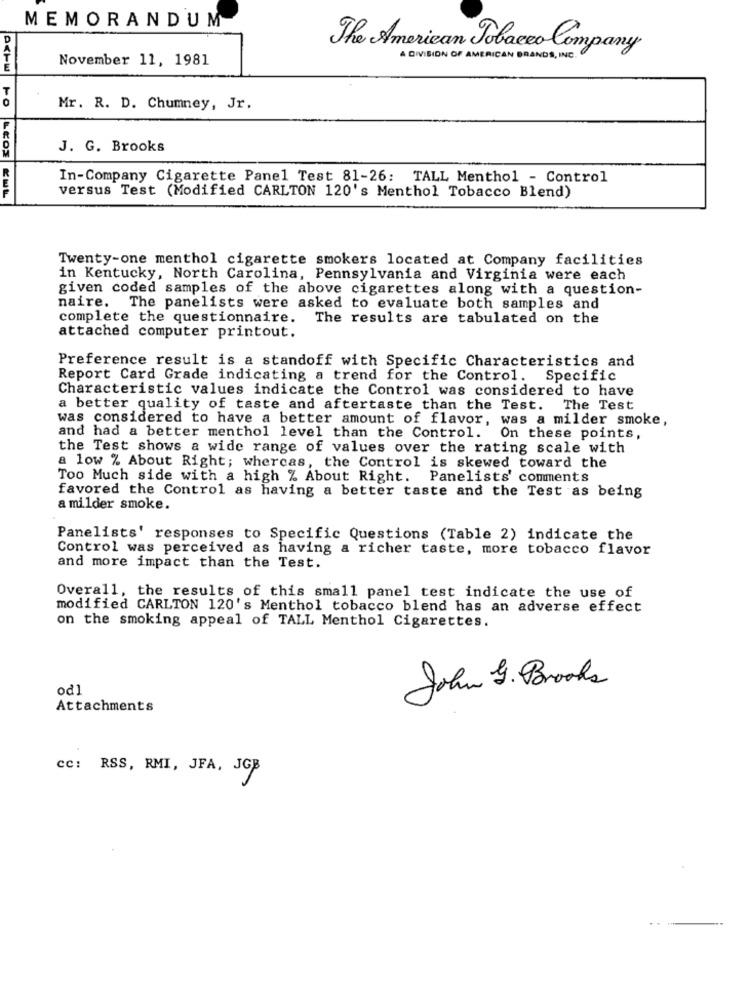
MEMORANDUM
The American Tobacco Company
November 11, 1981
A DIVISION OF AMERICAN BRANDS, INC.
Mr. R. D. Chumney, Jr.
J. G. Brooks
In-Company Cigarette Panel Test 81-26: TALL Menthol - Control
versus Test (Modified CARLTON 120's Menthol Tobacco Blend)
Twenty-one menthol cigarette smokers located at Company facilities
in Kentucky, North Carolina, Pennsylvania and Virginia were each
given coded samples of the above cigarettes along with a question-
naire.
The panelists were asked to evaluate both samples and
complete the questionnaire.
The results are tabulated on the
attached computer printout.
Preference result is a standoff with Specific Characteristics and
Report Card Grade indicating a trend for the Control. Specific
Characteristic values indicate the Control was considered to have
a better quality of taste and aftertaste than the Test. The Test
was considered to have a better amount of flavor, was a milder smoke,
and had a better menthol level than the Control. On these points,
the Test shows a wide range of values over the rating scale with
a low % About Right; whereas, the Control is skewed toward the
Too Much side with a high % About Right. Panelists' comments
favored the Control as having a better taste and the Test as being
a milder smoke.
Panelists' responses to Specific Questions (Table 2) indicate the
Control was perceived as having a richer taste, more tobacco flavor
and more impact than the Test.
Overall, the results of this small panel test indicate the use of
modified CARLTON 120's Menthol tobacco blend has an adverse effect
on the smoking appeal of TALL Menthol Cigarettes.
od1
John 9. Brooks
Attachments
cc: RSS, RMI, JFA, JGB